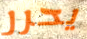
يحرر